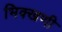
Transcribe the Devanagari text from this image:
भिक्खणी